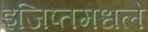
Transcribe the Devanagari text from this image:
इजिप्तमधले